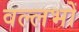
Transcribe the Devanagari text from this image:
वल्लभों